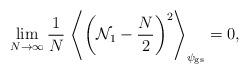
LaTeX: \begin{align*}\lim_{N\to\infty}\frac{1}{N} \,\left\langle \left(\mathcal{N}_1-\frac{N}{2}\right)^2\right\rangle_{\psi_\mathrm{gs}}=0,\end{align*}